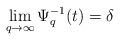
LaTeX: \begin{align*} \displaystyle\lim_{q\rightarrow\infty}\Psi_q^{-1}(t) = \delta\end{align*}